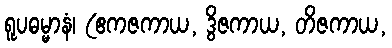
ရူပဓမ္မာနံ၊ (ဧကဇကာယ, ဒွိဇကာယ, တိဇကာယ,